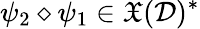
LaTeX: \psi_{2}\diamond\psi_{1}\in\mathfrak{X}(\mathcal{D})^{*}